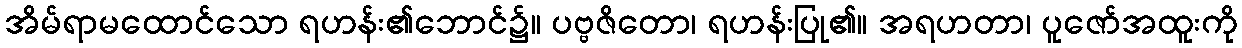
အိမ်ရာမထောင်သော ရဟန်း၏ဘောင်၌။ ပဗ္ဗဇိတော၊ ရဟန်းပြု၏။ အရဟတာ၊ ပူဇော်အထူးကို